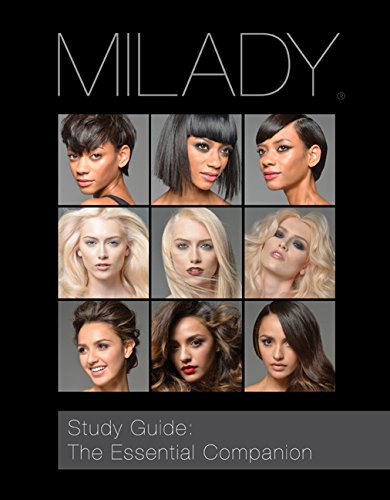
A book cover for Study Guide: The Essential Companion for Milady Standard Cosmetology; Milady; Business & Money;